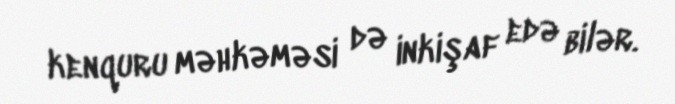
kenquru məhkəməsi də inkişaf edə bilər.